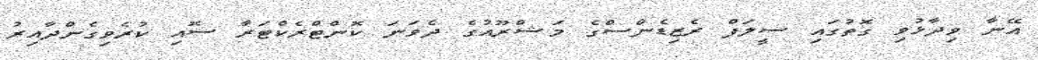
އޭނާ ވިދާޅުވި ގޮތުގައި ސީލަފް ރެޒިޑެންސްގެ މަޝްރޫއުގެ ދެވަނަ ކޮންޓްރެކްޓަރާ ސޮއި ކުރެވިގެންދާއިރު